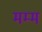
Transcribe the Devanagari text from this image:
मम्म